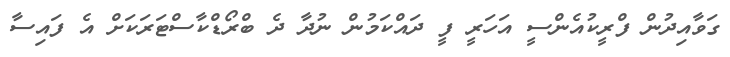
ގަވާއިދުން ފްރީކުއެންސީ އަހަރީ ފީ ދައްކަމުން ނުދާ ދެ ބްރޯޑްކާސްޓަރަކަށް އެ ފައިސާ